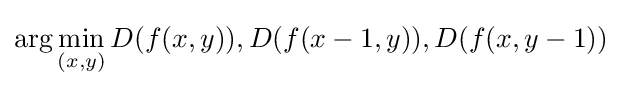
\arg \min \limits _{(x,y)}{D(f(x,y)),D(f(x-1,y)),D(f(x,y-1))}